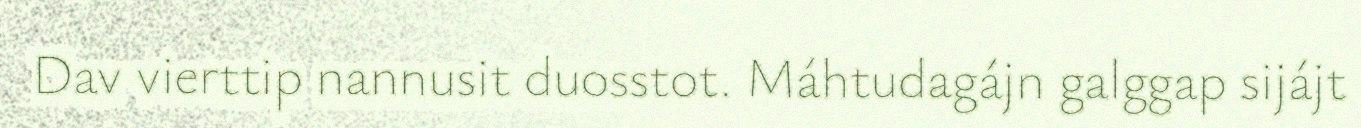
Dav vierttip nannusit duosstot. Máhtudagájn galggap sijájt